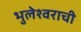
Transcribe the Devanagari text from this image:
भुलेश्वराची